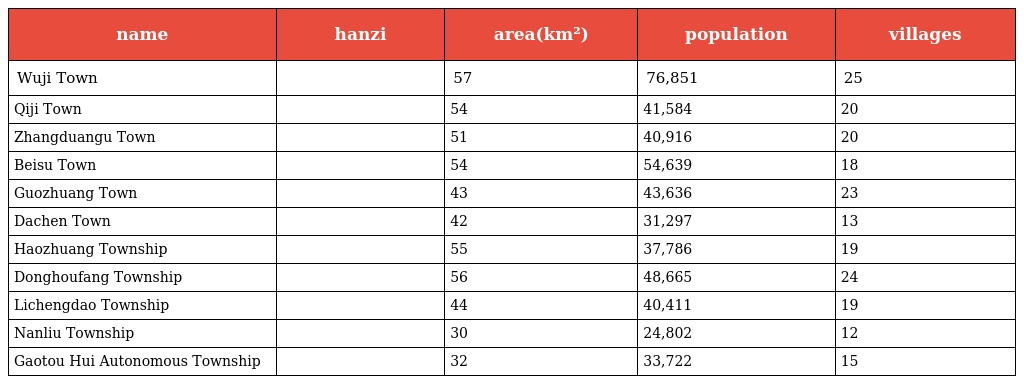
| name | hanzi | area(km²) | population | villages |
 | --- | --- | --- | --- | --- |
 | Wuji Town | 无极镇 | 57 | 76,851 | 25 |
 | Qiji Town | 七汲镇 | 54 | 41,584 | 20 |
 | Zhangduangu Town | 张段固镇 | 51 | 40,916 | 20 |
 | Beisu Town | 北苏镇 | 54 | 54,639 | 18 |
 | Guozhuang Town | 郭庄镇 | 43 | 43,636 | 23 |
 | Dachen Town | 大陈镇 | 42 | 31,297 | 13 |
 | Haozhuang Township | 郝庄乡 | 55 | 37,786 | 19 |
 | Donghoufang Township | 东侯坊乡 | 56 | 48,665 | 24 |
 | Lichengdao Township | 里城道乡 | 44 | 40,411 | 19 |
 | Nanliu Township | 南流乡 | 30 | 24,802 | 12 |
 | Gaotou Hui Autonomous Township | 高头回族乡 | 32 | 33,722 | 15 |